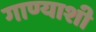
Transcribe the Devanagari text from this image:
गाण्याशी